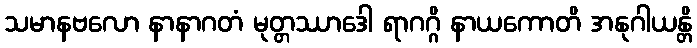
သမာနဗလော နာနာဂတံ မုတ္တဿာဒေါ ရာဂဂ္ဂိ နာယကောတိ အနုဂါယန္တိ